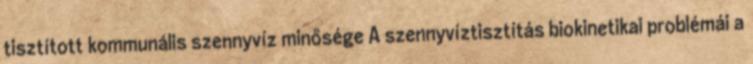
tisztított kommunális szennyvíz minősége A szennyvíztisztítás biokinetikai problémái a